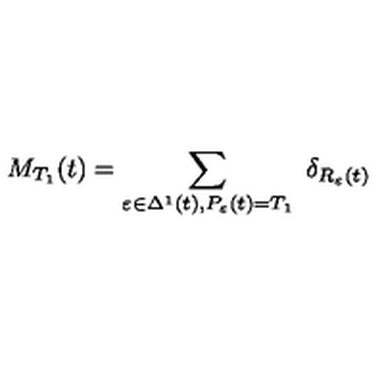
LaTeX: M _ { T _ { 1 } } ( t ) = \sum _ { \varepsilon \in \Delta ^ { 1 } ( t ) , P _ { \varepsilon } ( t ) = T _ { 1 } } \ \delta _ { R _ { \varepsilon } ( t ) }